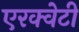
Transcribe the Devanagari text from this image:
एरक्वेटी